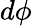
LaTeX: d\phi